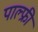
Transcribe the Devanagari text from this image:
पाल्फ्री